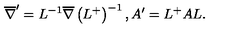
\overline { { \nabla } } ^ { \prime } = L ^ { - 1 } \overline { { \nabla } } \left( L ^ { + } \right) ^ { - 1 } , A ^ { \prime } = L ^ { + } A L .